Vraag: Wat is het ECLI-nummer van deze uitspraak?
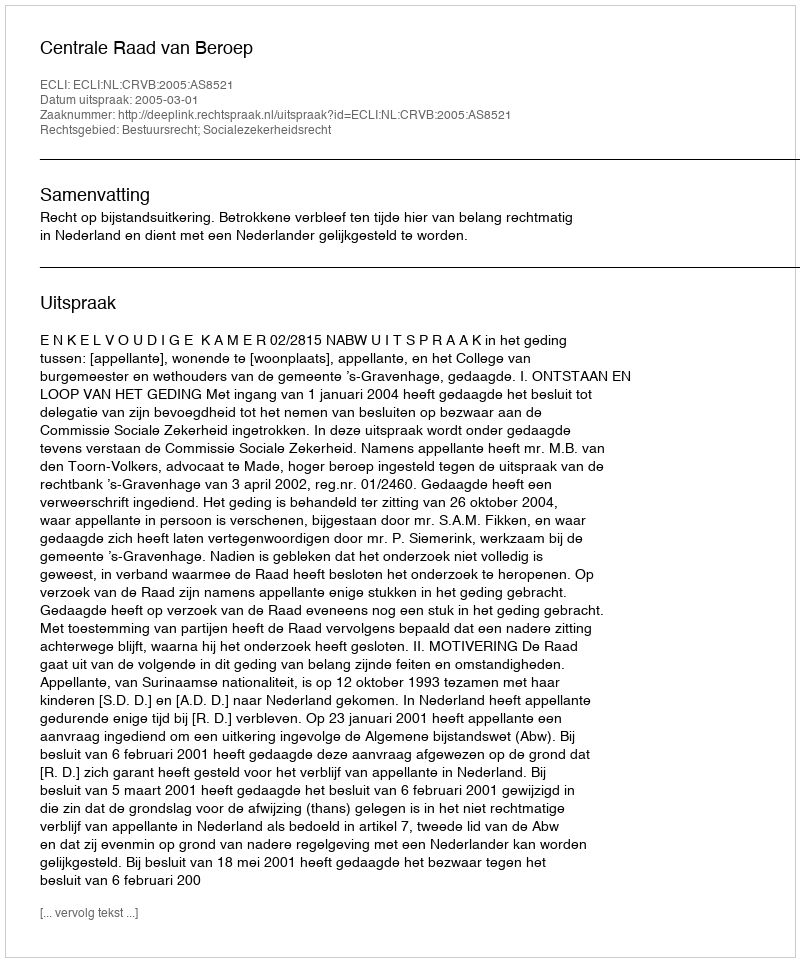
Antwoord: ECLI:NL:CRVB:2005:AS8521